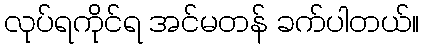
လုပ်ရကိုင်ရ အင်မတန် ခက်ပါတယ်။